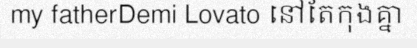
my fatherDemi Lovato នៅតែកុងគ្នា